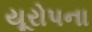
યૂરોપના